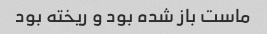
ماست باز شده بود و ریخته بود